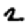
Digit: 2